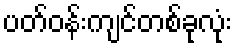
ပတ်ဝန်းကျင်တစ်ခုလုံး